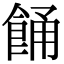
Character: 𩛤